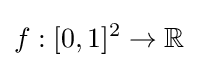
f:[0,1]^{2}\to \mathbb {R}